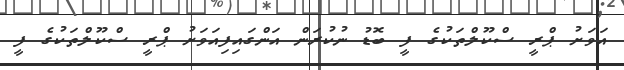
އަވަށު ޕްރީ ސްކޫލްތަކުގެ ފީ ބޮޑު ނުކުރަން އަންގައިފިއަވަށު ޕްރީ ސްކޫލްތަކުގެ ފީ